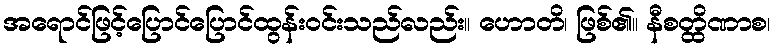
အရောင်ဖြင့်ပြောင်ပြောင်ထွန်းဝင်းသည်လည်း။ ဟောတိ၊ ဖြစ်၏။ နီစတ္ထိဏာစ၊